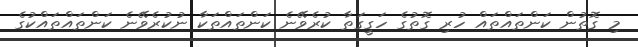
މި ގޮތުން ކަންތައްތައް ހުރި ގޮތުގެ ހަގީގަތާ ކުރެވޭނެ ކަންތައްތަކާ ނުކުރެވޭނެ ކަންތައްތައްކުގެ